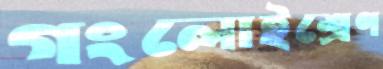
গংলোইশ্রেণ